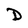
Character: D